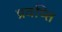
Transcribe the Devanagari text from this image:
प्रवष्त्ति